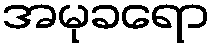
အမုခရော